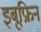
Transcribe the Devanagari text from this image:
इबूफ्रिन